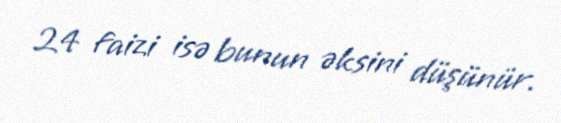
24 faizi isə bunun əksini düşünür.